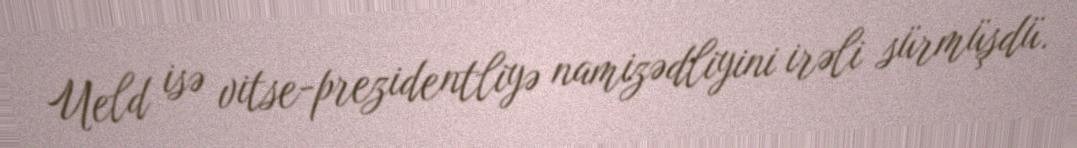
Ueld isə vitse-prezidentliyə namizədliyini irəli sürmüşdü.